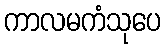
ကာလမကံသုပေ